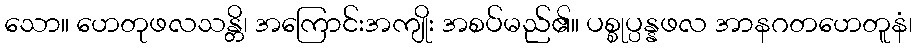
သော။ ဟေတုဖလသန္တိ၊ အကြောင်းအကျိုး အစပ်မည်၏။ ပစ္စုပ္ပန္နဖလ အာနဂတဟေတူနံ၊